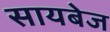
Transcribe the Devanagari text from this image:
सायबेज